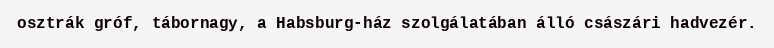
osztrák gróf, tábornagy, a Habsburg-ház szolgálatában álló császári hadvezér.